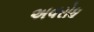
અવરોધ